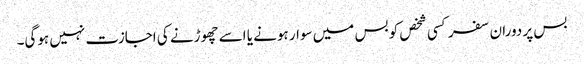
بس پر دوران سفر کسی شخص کو بس میں سوار ہونے یا اسے چھوڑنے کی اجازت نہیں ہوگی۔